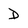
Character: D